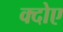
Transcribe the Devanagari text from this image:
क्दोए